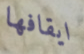
ايقافها